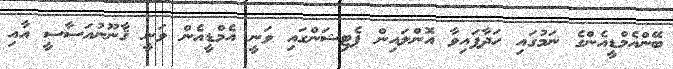
ބޭންއެމްޑީއެންގެ ނަމުގައި ހަދާފައިވާ އޮންލައިން ޕެޓިޝަންގައި ވަނީ އެމްޑީއެން ވަނީ ޤާނޫނުުއަސާސީ އާއި